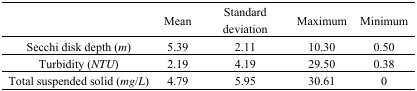
<table><thead><tr><td></td><td><b>Mean</b></td><td><b>Standard deviation</b></td><td><b>Maximum</b></td><td><b>Minimum</b></td></tr></thead><tbody><tr><td>Secchi disk depth (<i>m</i>)</td><td>5.39</td><td>2.11</td><td>10.30</td><td>0.50</td></tr><tr><td>Turbidity (<i>NTU</i>)</td><td>2.19</td><td>4.19</td><td>29.50</td><td>0.38</td></tr><tr><td>Total suspended solid (<i>mg</i>/<i>L</i>)</td><td>4.79</td><td>5.95</td><td>30.61</td><td>0</td></tr></tbody></table>